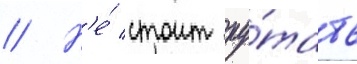
// Н'е́ стоит пу́тать